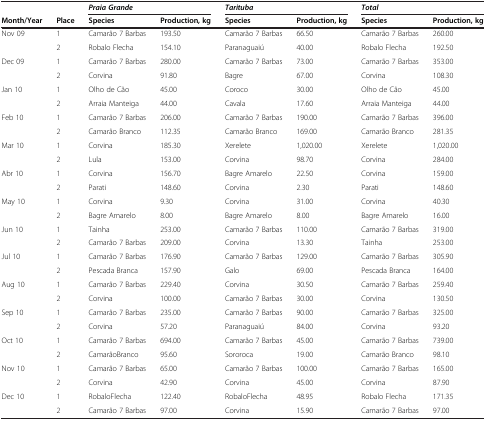
<table><thead><tr><td><b> </b></td><td><b> </b></td><td colspan="2"><b><i>Praia Grande</i></b></td><td colspan="2"><b><i>Tarituba</i></b></td><td colspan="2"><b><i>Total</i></b></td></tr><tr><td><b>Month/Year</b></td><td><b>Place</b></td><td><b>Species</b></td><td><b>Production, kg</b></td><td><b>Species</b></td><td><b>Production, kg</b></td><td><b>Species</b></td><td><b>Production, kg</b></td></tr></thead><tbody><tr><td>Nov 09</td><td>1</td><td>Camarão 7 Barbas</td><td>193.50</td><td>Camarão 7 Barbas</td><td>66.50</td><td>Camarão 7 Barbas</td><td>260.00</td></tr><tr><td> </td><td>2</td><td>Robalo Flecha</td><td>154.10</td><td>Paranaguaiú</td><td>40.00</td><td>Robalo Flecha</td><td>192.50</td></tr><tr><td>Dec 09</td><td>1</td><td>Camarão 7 Barbas</td><td>280.00</td><td>Camarão 7 Barbas</td><td>73.00</td><td>Camarão 7 Barbas</td><td>353.00</td></tr><tr><td> </td><td>2</td><td>Corvina</td><td>91.80</td><td>Bagre</td><td>67.00</td><td>Corvina</td><td>108.30</td></tr><tr><td>Jan 10</td><td>1</td><td>Olho de Cão</td><td>45.00</td><td>Coroco</td><td>30.00</td><td>Olho de Cão</td><td>45.00</td></tr><tr><td> </td><td>2</td><td>Arraia Manteiga</td><td>44.00</td><td>Cavala</td><td>17.60</td><td>Arraia Manteiga</td><td>44.00</td></tr><tr><td>Feb 10</td><td>1</td><td>Camarão 7 Barbas</td><td>206.00</td><td>Camarão 7 Barbas</td><td>190.00</td><td>Camarão 7 Barbas</td><td>396.00</td></tr><tr><td> </td><td>2</td><td>Camarão Branco</td><td>112.35</td><td>Camarão Branco</td><td>169.00</td><td>Camarão Branco</td><td>281.35</td></tr><tr><td>Mar 10</td><td>1</td><td>Corvina</td><td>185.30</td><td>Xerelete</td><td>1,020.00</td><td>Xerelete</td><td>1,020.00</td></tr><tr><td> </td><td>2</td><td>Lula</td><td>153.00</td><td>Corvina</td><td>98.70</td><td>Corvina</td><td>284.00</td></tr><tr><td>Abr 10</td><td>1</td><td>Corvina</td><td>156.70</td><td>Bagre Amarelo</td><td>22.50</td><td>Corvina</td><td>159.00</td></tr><tr><td> </td><td>2</td><td>Parati</td><td>148.60</td><td>Corvina</td><td>2.30</td><td>Parati</td><td>148.60</td></tr><tr><td>May 10</td><td>1</td><td>Corvina</td><td>9.30</td><td>Corvina</td><td>31.00</td><td>Corvina</td><td>40.30</td></tr><tr><td> </td><td>2</td><td>Bagre Amarelo</td><td>8.00</td><td>Bagre Amarelo</td><td>8.00</td><td>Bagre Amarelo</td><td>16.00</td></tr><tr><td>Jun 10</td><td>1</td><td>Tainha</td><td>253.00</td><td>Camarão 7 Barbas</td><td>110.00</td><td>Camarão 7 Barbas</td><td>319.00</td></tr><tr><td> </td><td>2</td><td>Camarão 7 Barbas</td><td>209.00</td><td>Corvina</td><td>13.30</td><td>Tainha</td><td>253.00</td></tr><tr><td>Jul 10</td><td>1</td><td>Camarão 7 Barbas</td><td>176.90</td><td>Camarão 7 Barbas</td><td>129.00</td><td>Camarão 7 Barbas</td><td>305.90</td></tr><tr><td> </td><td>2</td><td>Pescada Branca</td><td>157.90</td><td>Galo</td><td>69.00</td><td>Pescada Branca</td><td>164.00</td></tr><tr><td>Aug 10</td><td>1</td><td>Camarão 7 Barbas</td><td>229.40</td><td>Corvina</td><td>30.50</td><td>Camarão 7 Barbas</td><td>259.40</td></tr><tr><td> </td><td>2</td><td>Corvina</td><td>100.00</td><td>Camarão 7 Barbas</td><td>30.00</td><td>Corvina</td><td>130.50</td></tr><tr><td>Sep 10</td><td>1</td><td>Camarão 7 Barbas</td><td>235.00</td><td>Camarão 7 Barbas</td><td>90.00</td><td>Camarão 7 Barbas</td><td>325.00</td></tr><tr><td> </td><td>2</td><td>Corvina</td><td>57.20</td><td>Paranaguaiú</td><td>84.00</td><td>Corvina</td><td>93.20</td></tr><tr><td>Oct 10</td><td>1</td><td>Camarão 7 Barbas</td><td>694.00</td><td>Camarão 7 Barbas</td><td>45.00</td><td>Camarão 7 Barbas</td><td>739.00</td></tr><tr><td> </td><td>2</td><td>CamarãoBranco</td><td>95.60</td><td>Sororoca</td><td>19.00</td><td>Camarão Branco</td><td>98.10</td></tr><tr><td>Nov 10</td><td>1</td><td>Camarão 7 Barbas</td><td>65.00</td><td>Camarão 7 Barbas</td><td>100.00</td><td>Camarão 7 Barbas</td><td>165.00</td></tr><tr><td> </td><td>2</td><td>Corvina</td><td>42.90</td><td>Corvina</td><td>45.00</td><td>Corvina</td><td>87.90</td></tr><tr><td>Dec 10</td><td>1</td><td>RobaloFlecha</td><td>122.40</td><td>RobaloFlecha</td><td>48.95</td><td>Robalo Flecha</td><td>171.35</td></tr><tr><td> </td><td>2</td><td>Camarão 7 Barbas</td><td>97.00</td><td>Corvina</td><td>15.90</td><td>Camarão 7 Barbas</td><td>97.00</td></tr></tbody></table>